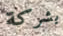
بشركة